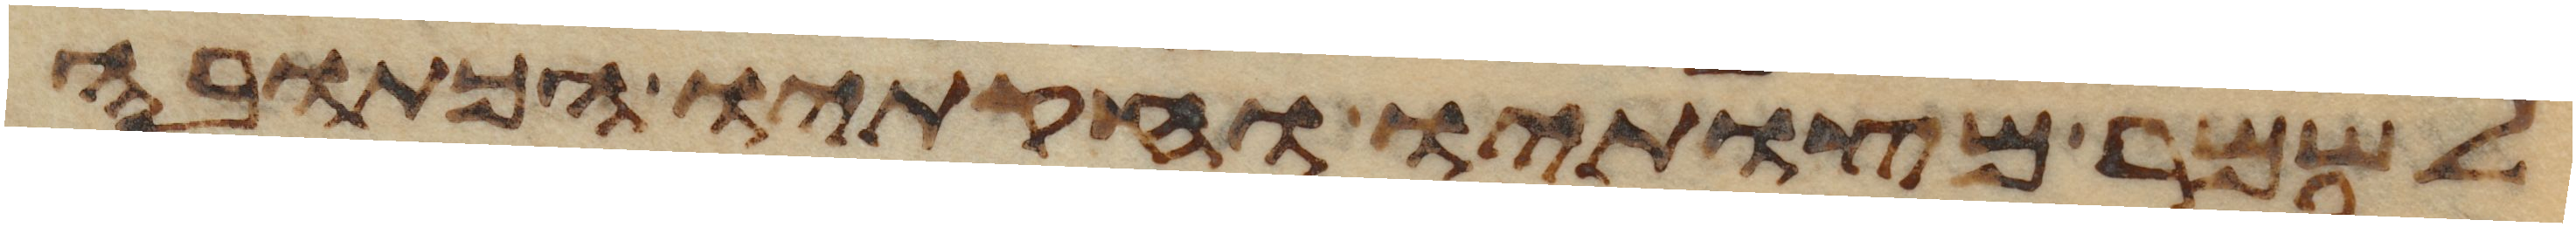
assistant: לשמר מצותיו וחקתיו הכתובה